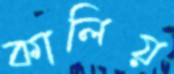
কালিয়